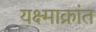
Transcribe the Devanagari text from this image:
यक्ष्माक्रांत